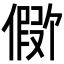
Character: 𪝪